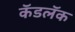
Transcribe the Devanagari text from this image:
कॅडलॅक